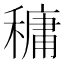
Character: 𥡲